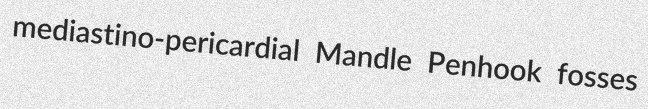
mediastino-pericardial Mandle Penhook fosses